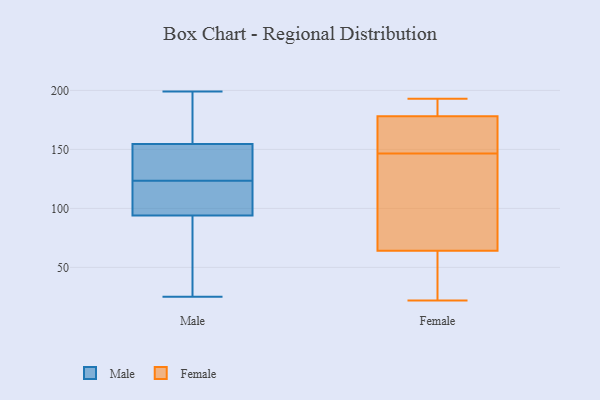
{"axis": {"x": "Churn Rate (%)", "y": "Value"}, "legend": ["Female", "Male"], "data": [{"x": "", "y": 125, "type": "Male"}, {"x": "", "y": 28, "type": "Male"}, {"x": "", "y": 126, "type": "Male"}, {"x": "", "y": 92, "type": "Male"}, {"x": "", "y": 114, "type": "Male"}, {"x": "", "y": 143, "type": "Male"}, {"x": "", "y": 199, "type": "Male"}, {"x": "", "y": 165, "type": "Male"}, {"x": "", "y": 173, "type": "Male"}, {"x": "", "y": 25, "type": "Male"}, {"x": "", "y": 187, "type": "Male"}, {"x": "", "y": 27, "type": "Male"}, {"x": "", "y": 144, "type": "Male"}, {"x": "", "y": 122, "type": "Male"}, {"x": "", "y": 117, "type": "Male"}, {"x": "", "y": 96, "type": "Male"}, {"x": "", "y": 156, "type": "Female"}, {"x": "", "y": 73, "type": "Female"}, {"x": "", "y": 190, "type": "Female"}, {"x": "", "y": 22, "type": "Female"}, {"x": "", "y": 181, "type": "Female"}, {"x": "", "y": 62, "type": "Female"}, {"x": "", "y": 101, "type": "Female"}, {"x": "", "y": 161, "type": "Female"}, {"x": "", "y": 137, "type": "Female"}, {"x": "", "y": 47, "type": "Female"}, {"x": "", "y": 165, "type": "Female"}, {"x": "", "y": 53, "type": "Female"}, {"x": "", "y": 92, "type": "Female"}, {"x": "", "y": 169, "type": "Female"}, {"x": "", "y": 178, "type": "Female"}, {"x": "", "y": 64, "type": "Female"}, {"x": "", "y": 185, "type": "Female"}, {"x": "", "y": 193, "type": "Female"}]}